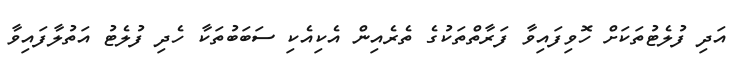
އަދި ފުލެޓުތަކަށް ހޮވިފައިވާ ފަރާތްތަކުގެ ތެރެއިން އެކިއެކި ސަބަބުތަކާ ހެދި ފުލެޓު އަތުލާފައިވާ